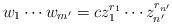
LaTeX: \begin{align*}w_1 \cdots w_{m'}=cz_1^{r_1}\cdots z_{n'}^{r_{n'}}\end{align*}